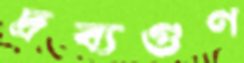
দ্রব্যগুণ